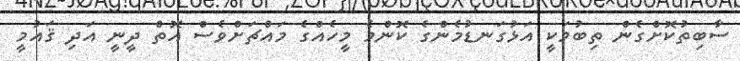
ސާބިތުކޮށްގެން ތިބުމަކީ އަޅުގަނޑުމެންގެ ކޮންމެ މީހެއްގެ މައްޗަށްވެސް އޮތް ދީނީ އަދި ޤައުމީ